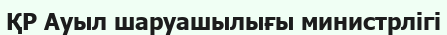
ҚР Ауыл шаруашылығы министрлігі